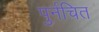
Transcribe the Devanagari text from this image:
पुर्नचित